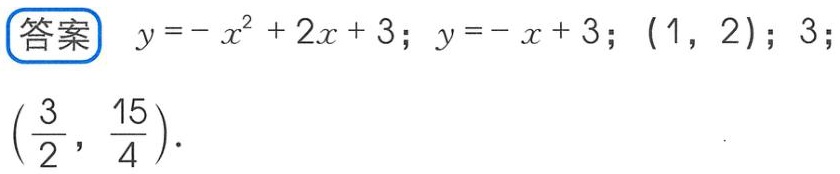
答案 \(y=-x^{2}+2x + 3\); \(y=-x + 3\); \((1,2)\); \(3\); \((\frac{3}{2},\frac{15}{4})\).